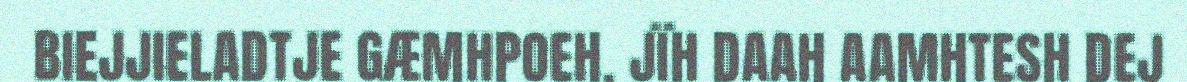
BIEJJIELADTJE GÆMHPOEH, JÏH DAAH AAMHTESH DEJ